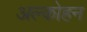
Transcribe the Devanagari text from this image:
अल्कोहन